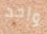
واحد